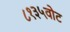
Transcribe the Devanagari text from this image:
८१३५वोट